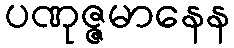
ပဏုဇ္ဇမာနေန